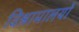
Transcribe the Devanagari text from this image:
विश्रामालयों